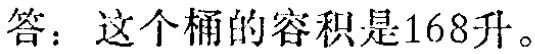
答：这个桶的容积是168升。